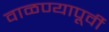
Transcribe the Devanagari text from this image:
वाळण्यापूर्वी